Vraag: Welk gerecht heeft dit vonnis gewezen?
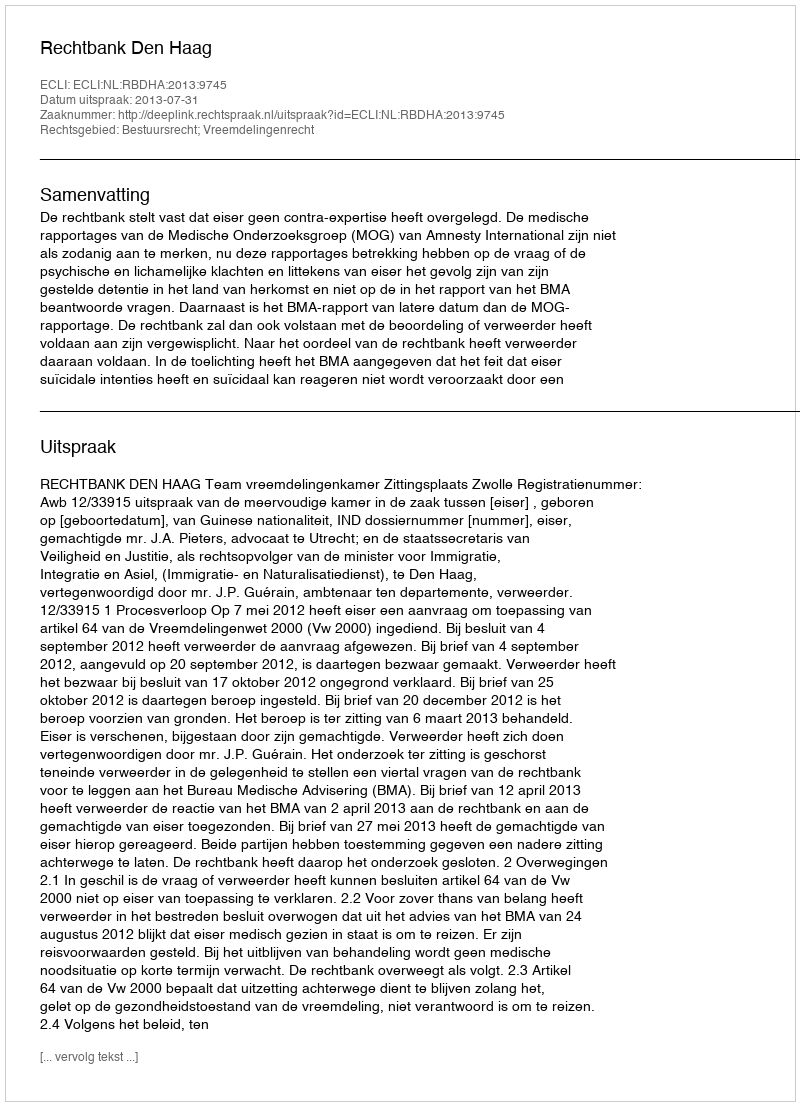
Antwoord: Rechtbank Den Haag